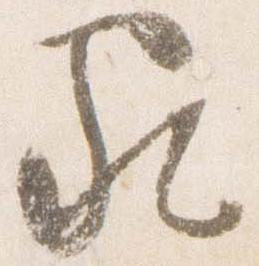
家